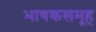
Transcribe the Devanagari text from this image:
भाषकसमूह